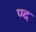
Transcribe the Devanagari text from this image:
ण्द